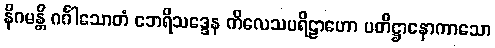
နိဂမန္တိ ဂင်္ဂါသောတံ ဘေရိသဒ္ဒေန ကိလေသပရိဠာဟော ပတိဋ္ဌာနောကာသော